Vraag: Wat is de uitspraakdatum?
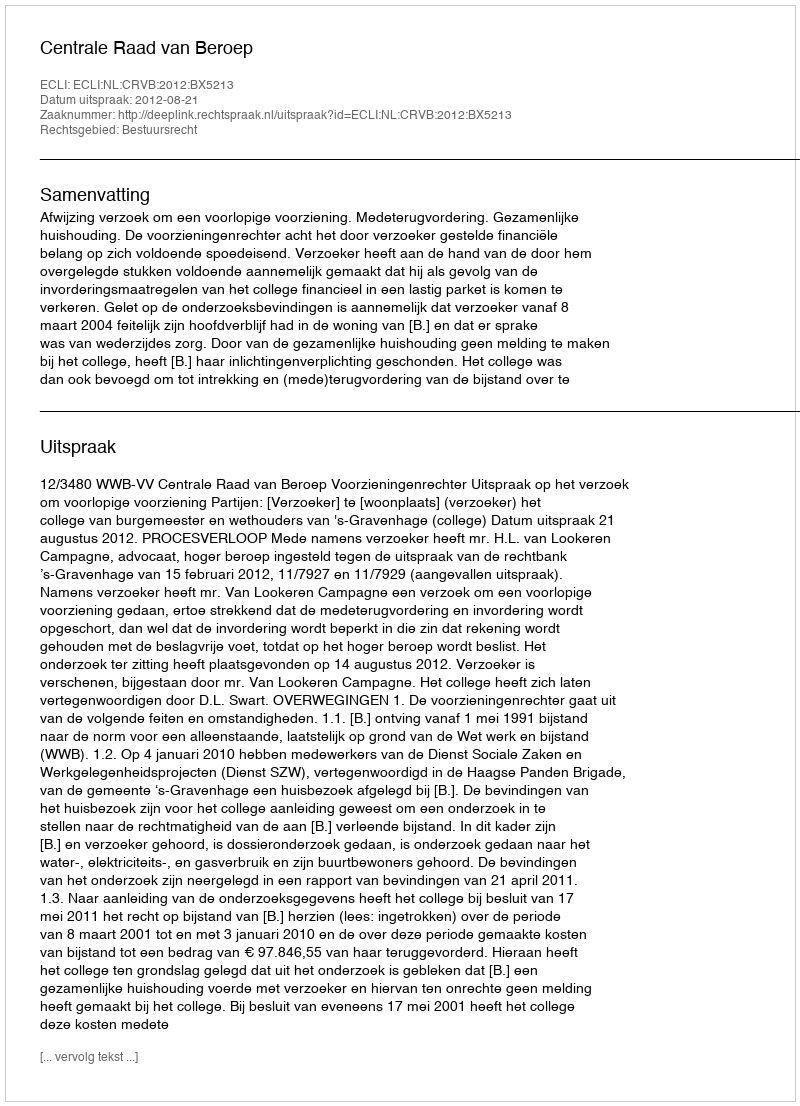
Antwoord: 2012-08-21